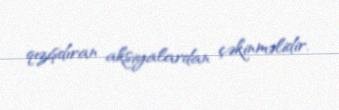
qızışdıran aksiyalardan çəkinməlidir.